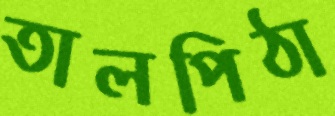
তালপিঠা